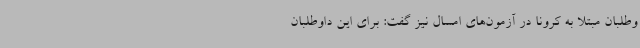
وطلبان مبتلا به کرونا در آزمون‌های امسال نیز گفت: برای این داوطلبان